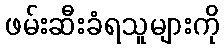
ဖမ်းဆီးခံရသူများကို